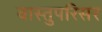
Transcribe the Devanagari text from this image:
वास्तुपरिसर